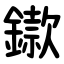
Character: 䥗